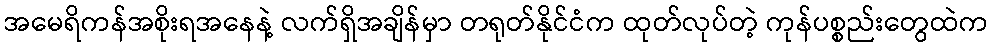
အမေရိကန်အစိုးရအနေနဲ့ လက်ရှိအချိန်မှာ တရုတ်နိုင်ငံက ထုတ်လုပ်တဲ့ ကုန်ပစ္စည်းတွေထဲက